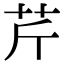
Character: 芹